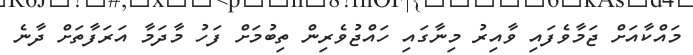
މައްކާއަށް ޖަމާވެފައި ވާއިރު މިނާގައި ހައްޖުވެރިން ތިބުމަށް ފަހު މާދަމާ އަރަފާތަށް ދާނެ